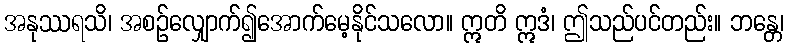
အနုဿရသိ၊ အစဉ်လျှောက်၍အောက်မေ့နိုင်သလော။ ဣတိ ဣဒံ၊ ဤသည်ပင်တည်း။ ဘန္တေ၊